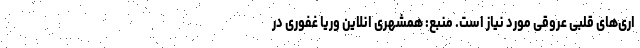
اری‌های قلبی عروقی مورد نیاز است. منبع: همشهری انلاین وریا غفوری در